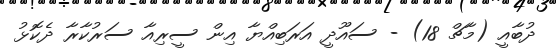
ދުބާއީ (މާޗް 18) - ސައޫދީ އަރަބިއްޔާ އިން ސީރިއާ ސަރުކާރާ ދެކޮޅު